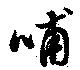
哺